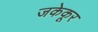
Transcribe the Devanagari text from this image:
जकेकूर